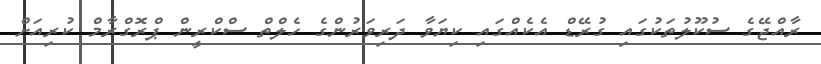
ރާއްޖޭގެ ސުކޫލުތަކުގައި ގުރޭޑް އެކެއްގަައި ކިޔަވާ ދަރިވަރުންގެ ހެލްތް ސްކްރީން ޕްރޮގްރާމް ކުރިއަށް